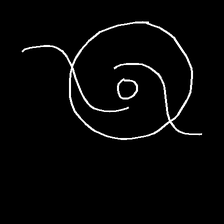
Glyph: repetition